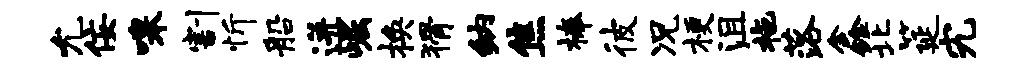
允佞嗥割忻船迸崛换猾纳焦榛彼况梗沮拖落鑫北筵究